Medical and sanitary report of the native army of Madras for the year
Year: 1877
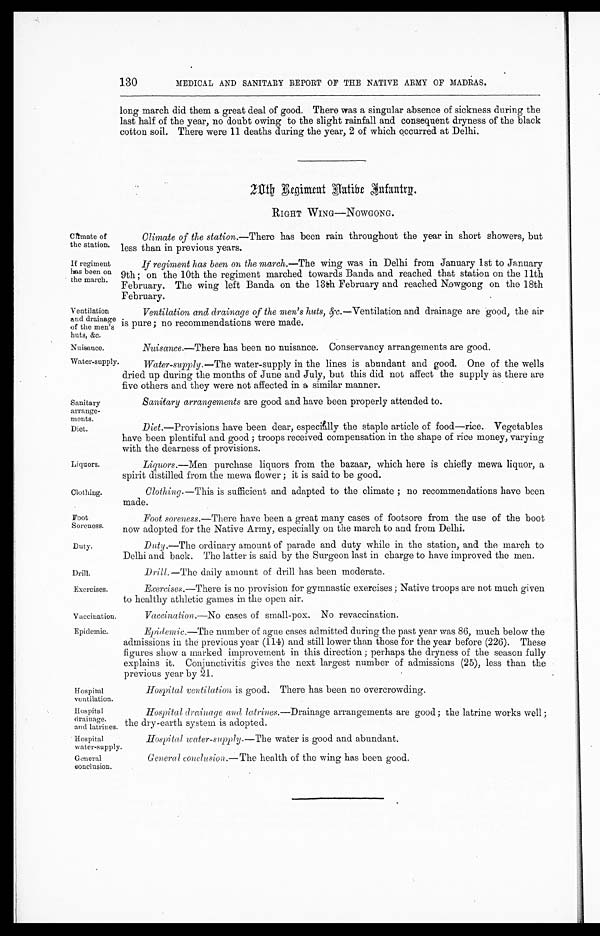
Climate of
the station.
If regiment
has been on
the march.
Sanitary
arrange
- m e n t s .
Diet.
Liquors.
Clothing.
Foot
Soreness.
Duty.
Drill.
Exercises.
Vaccination.
Epidemic.
Hospital
ventilation.
Hospital
drainage.
and latrines.
Ventilation
and drainage
of the men's
huts, &c.
MEDICAL AND SANITARY REPORT OF THE NATIVE ARMY OF MADRAS.
long march did them a great deal of good. There was a singular absence of sickness during the
last half of the year, no doubt owing to the slight rainfall and consequent dryness of the black
cotton soil. There were 11 deaths during the year, 2 of which occurred at Delhi.
20th Regiment Aatibe Infantry.
RIGHT WING—NOWGONG.
Climate of the station. —There has been rain throughout the year in short showers, but
less than in previous years.
If regiment has been on the march. —The wing was in Delhi from January 1st to January
9th ; on the 10th the regiment marched towards Banda and reached that station on the 11th
February. The wing left Banda on the 13th February and reached Nowgong on the 18th
February.
Ventilation and drainage of the men's huts, &c. —Ventilation and drainage are good, the air
is pure; no recommendations were made.
130
Nuisance.
Nuisance.—There has been no nuisance. Conservancy arrangements are good.
Water-supply.
Water-supply.—The water-supply in the lines is abundant and good. One of the wells
dried up during the months of June and July, but this did not affect the supply as there are
five others and they were not affected in a similar manner.
Sanitary arrangements are good and have been properly attended to.
Diet .—Provisions have been dear, especially the staple article of food—rice. Vegetables
have been plentiful and good ; troops received compensation in the shape of rice money, varying
with the dearness of provisions.
Liquors.—Men purchase liquors from the bazaar, which here is chiefly mewa liquor, a
spirit distilled from the mewa flower ; it is said to be good.
Clothing.—This is sufficient and adapted to the climate ; no recommendations have been
made.
Foot soreness.—There have been a great many cases of footsore from the use of the boot
now adopted for the Native Army, especially on the march to and from Delhi.
Duty .—The ordinary amount of parade and duty while in the station, and the march to
Delhi and back. The latter is said by the Surgeon last in charge to have improved the men.
Drill. —The daily amount of drill has been moderate.
Exercises.—There is no provision for gymnastic exercises ; Native troops are not much given
to healthy athletic games in the open air.
Vaccination.—No cases of small-pox. No revaccination.
Epidemic.—The number of ague cases admitted during the past year was 86, much below the
admissions in the previous year (114) and still lower than those for the year before (226). These
figures show a marked improvement in this direction ; perhaps the dryness of the season fully
explains it. Conjunctivitis gives the next largest number of admissions (25), less than the
previous year by 21.
Hospital ventilation is good. There has been no overcrowding.
Hospital drainage and latrines.—Drainage arrangements are good; the latrine works well ;
the dry-earth system is adopted.
Hospital
water-supply.
General
conclusion.
Hospital water-supply.—The water is good and abundant.
General conclusion.—The health of the wing has been good.